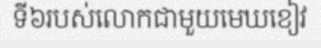
ទី៦របស់លោកជាមួយមេឃខៀវ